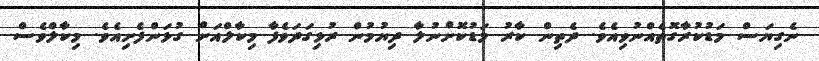
ނެގިޔަސް މަޑުކުރާގޮތެއްނުވިއެވެ. ދެތިން ކާރު މަޑުކޮށްނުލާ ދިޔުމުން ރުޅިގަދަވެފާ މިކާލްއަށް ގުޅަންފެށިއެވެ. މިކާލްވެސް